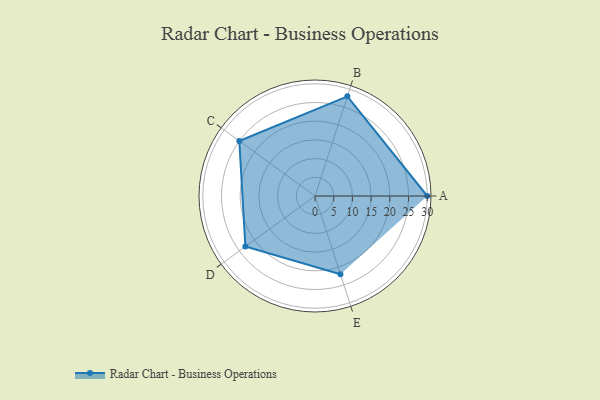
{"axis": {"x": "Skill", "y": "Score"}, "legend": ["Profile"], "data": [{"x": "A", "y": 30.0, "type": "Profile"}, {"x": "B", "y": 28.0, "type": "Profile"}, {"x": "C", "y": 25.0, "type": "Profile"}, {"x": "D", "y": 23.0, "type": "Profile"}, {"x": "E", "y": 22.0, "type": "Profile"}]}